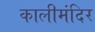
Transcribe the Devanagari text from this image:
कालीमंदिर